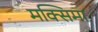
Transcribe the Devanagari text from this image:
मक्सिमा